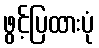
ဖွင့်ပြထားပုံ